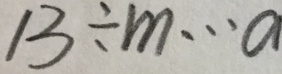
1 3 \div m \cdots a